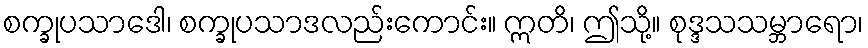
စက္ခုပသာဒေါ၊ စက္ခုပသာဒလည်းကောင်း။ ဣတိ၊ ဤသို့။ စုဒ္ဒသသမ္ဘာရော၊